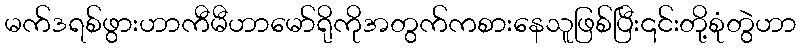
မက်ဒရစ်ဖွားဟာကီမီဟာမော်ရိုကိုအတွက်ကစားနေသူဖြစ်ပြီး၎င်းတို့စုံတွဲဟာ